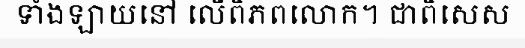
ទាំងឡាយនៅ លើពិភពលោក។ ជាពិសេស